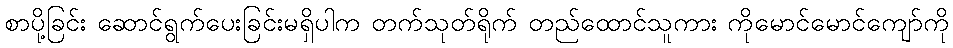
စာပို့ခြင်း ဆောင်ရွက်ပေးခြင်းမရှိပါက တက်သုတ်ရိုက် တည်ထောင်သူကား ကိုမောင်မောင်ကျော်ကို